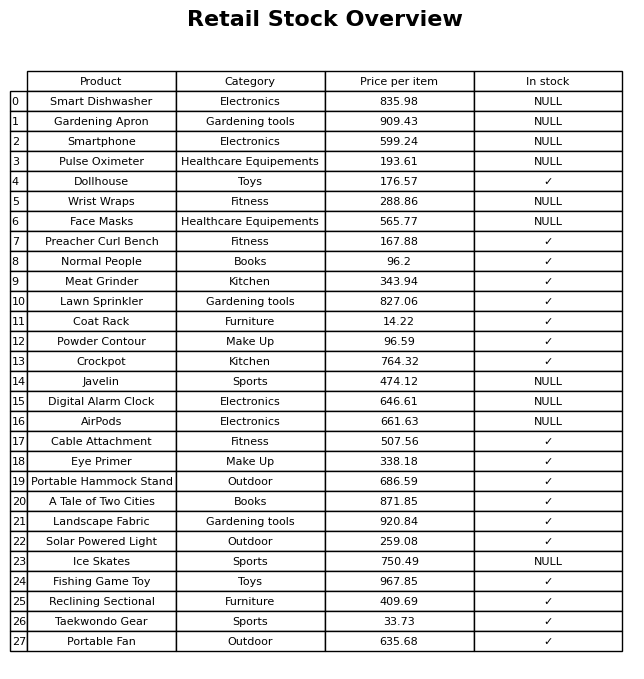
question: Which products are available in stock?
answer: Dollhouse, Preacher Curl Bench, Normal People, Meat Grinder, Lawn Sprinkler, Coat Rack, Powder Contour, Crockpot, Cable Attachment, Eye Primer, Portable Hammock Stand, A Tale of Two Cities, Landscape Fabric, Solar Powered Light, Fishing Game Toy, Reclining Sectional, Taekwondo Gear, Portable Fan